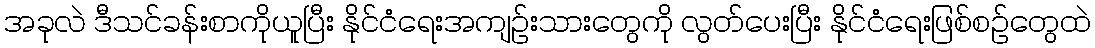
အခုလဲ ဒီသင်ခန်းစာကိုယူပြီး နိုင်ငံရေးအကျဉ်းသားတွေကို လွတ်ပေးပြီး နိုင်ငံရေးဖြစ်စဉ်တွေထဲ